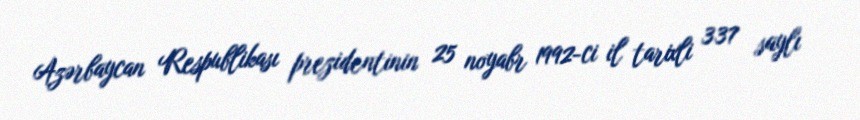
Azərbaycan Respublikası prezidentinin 25 noyabr 1992-ci il tarixli 337 saylı